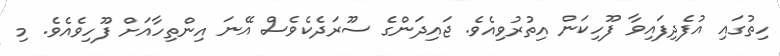
ހިތުގައި އުފެދިފައިވާ ފޫހިކަން އިތުރުވިއެވެ. ޖައިދަންގެ ސޫރަދެކެވެސް އޭނަ އިންތިހާއަށް ފޫހިވެއެވެ. މި